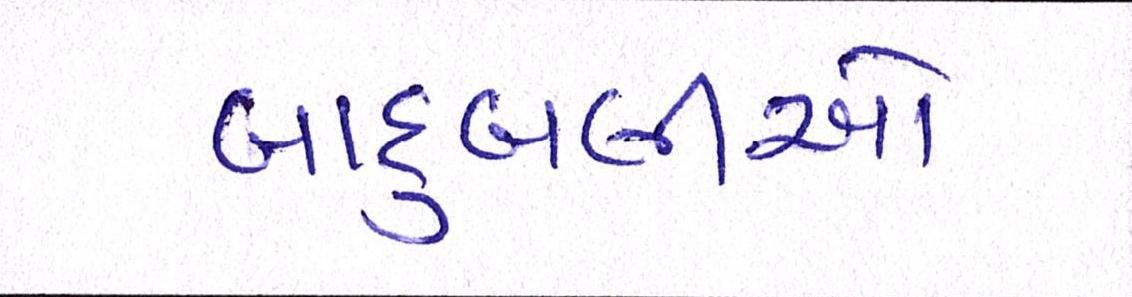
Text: બાદુબલીઓ